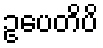
ဥပေတိပိ